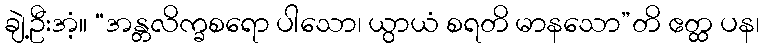
ချဲ့ဦးအံ့။ “အန္တလိက္ခစရော ပါသော၊ ယွာယံ စရတိ မာနသော”တိ ဧတ္ထ ပန၊